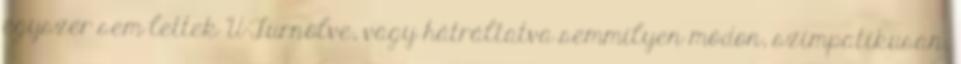
egyszer sem lettek U-Turnölve, vagy hátráltatva semmilyen módon, szimpatikusan,